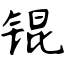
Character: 锟